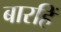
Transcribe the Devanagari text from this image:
बारहिं